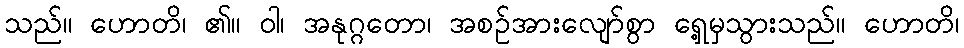
သည်။ ဟောတိ၊ ၏။ ဝါ၊ အနုဂ္ဂတော၊ အစဉ်အားလျော်စွာ ရှေ့မှသွားသည်။ ဟောတိ၊